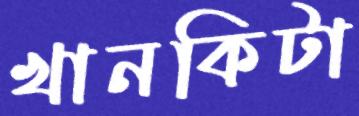
খানকিটা